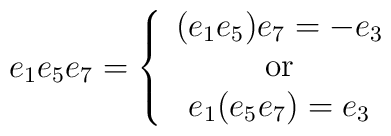
e_{1}e_{5}e_{7}=\left\{ \begin{array}{c}(e_{1}e_{5})e_{7}=-e_{3} \\ \mbox{or} \\ e_{1}(e_{5}e_{7})=e_{3}\end{array}\right.